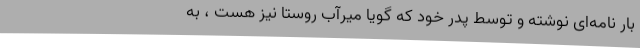
بار نامه‌ای نوشته و توسط پدر خود که گویا میرآب روستا نیز هست ، به